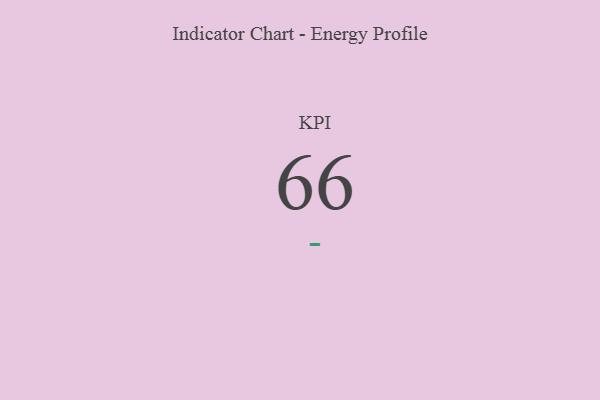
{"axis": {"x": "KPI", "y": "Value"}, "legend": [""], "data": [{"x": "KPI", "y": 66, "type": ""}]}